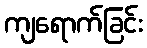
ကျရောက်ခြင်း